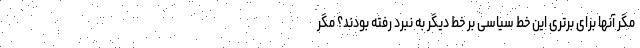
مگر آنها برای برتری این خط سیاسی بر خط دیگر به نبرد رفته بودند؟ مگر